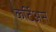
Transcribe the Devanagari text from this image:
कर्टिअस